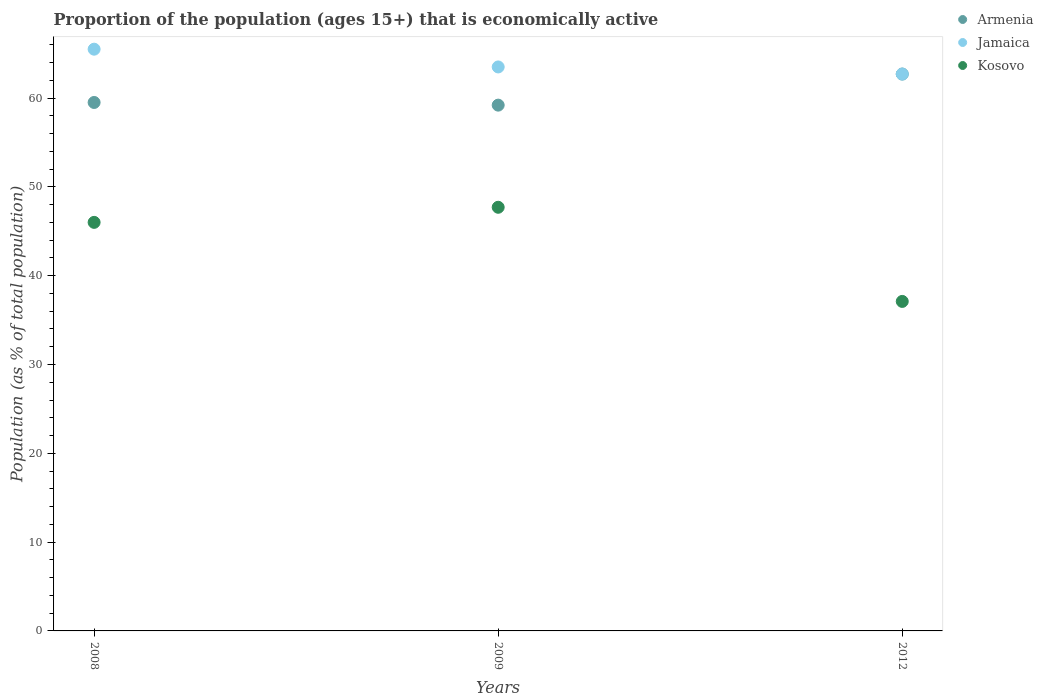
| Years | Armenia | Jamaica | Kosovo |
 | --- | --- | --- | --- |
 | 2008 | 59.5 | 65.5 | 46 |
 | 2009 | 59.2 | 63.5 | 47.7 |
 | 2012 | 62.7 | 62.7 | 37.1 |